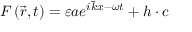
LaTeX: F \left( { \vec { r } } , t \right) = \varepsilon a e ^ { i { \vec { k } } x - \omega t } + h \cdot c